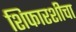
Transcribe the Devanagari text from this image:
शिफारशीचा